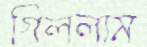
গিললাম